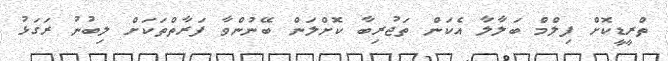
ތްރީޑީކޮށް ފިލްމް ބަލާލާ އެކަން ތަޖުރިބާ ކޮށްލަން ބޭނުންވާ ފަރާތްތަކަށް ލިބުނު ރަގަޅު